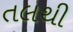
તલથી